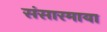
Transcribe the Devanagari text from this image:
संसारमाया